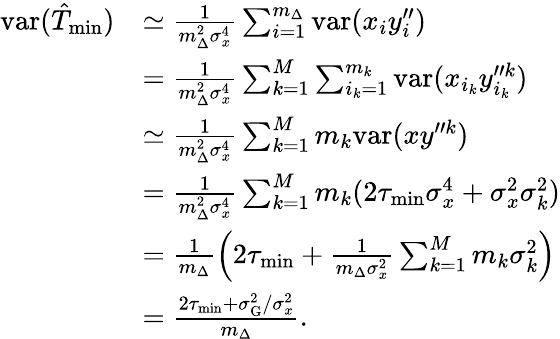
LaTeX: \begin{array}{rl}{\mathrm{var}(\hat{T}_{\mathrm{min}})}&{\simeq\frac{1}{m_{\Delta}^{2}\sigma_{x}^{4}}\sum_{i=1}^{m_{\Delta}}\mathrm{var}(x_{i}y_{i}^{\prime\prime})}\\ &{=\frac{1}{m_{\Delta}^{2}\sigma_{x}^{4}}\sum_{k=1}^{M}\sum_{i_{k}=1}^{m_{k}}\mathrm{var}(x_{i_{k}}y_{i_{k}}^{\prime\prime k})}\\ &{\simeq\frac{1}{m_{\Delta}^{2}\sigma_{x}^{4}}\sum_{k=1}^{M}m_{k}\mathrm{var}(xy^{\prime\prime k})}\\ &{=\frac{1}{m_{\Delta}^{2}\sigma_{x}^{4}}\sum_{k=1}^{M}m_{k}(2\tau_{\mathrm{min}}\sigma_{x}^{4}+\sigma_{x}^{2}\sigma_{k}^{2})}\\ &{=\frac{1}{m_{\Delta}}\left(2\tau_{\mathrm{min}}+\frac{1}{m_{\Delta}\sigma_{x}^{2}}\sum_{k=1}^{M}m_{k}\sigma_{k}^{2}\right)}\\ &{=\frac{2\tau_{\mathrm{min}}+\sigma_{\mathrm{G}}^{2}/\sigma_{x}^{2}}{m_{\Delta}}.}\end{array}